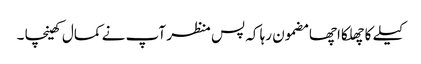
کیلے کا چھلکا اچھا مضمون رہا کہ پس منظر آپ نے کمال کھینچا ۔